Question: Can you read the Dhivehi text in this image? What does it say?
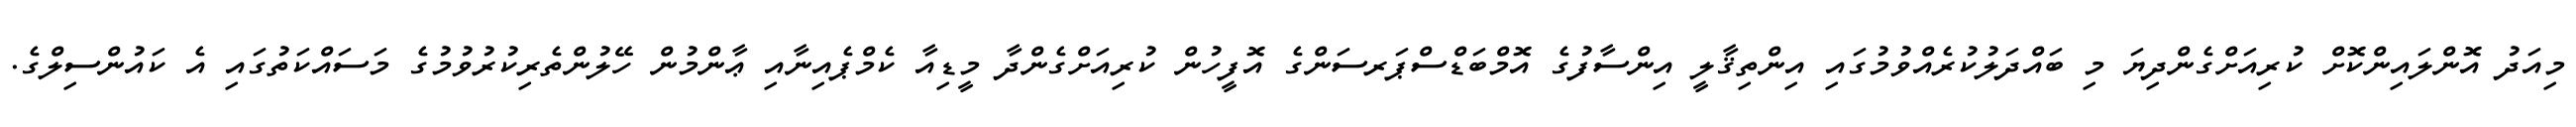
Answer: މިއަދު އޮންލައިންކޮށް ކުރިއަށްގެންދިޔަ މި ބައްދަލުކުރެއްވުމުގައި އިންތިޤާލީ އިންސާފުގެ އޮމްބަޑްސްޕަރސަންގެ އޮފީހުން ކުރިއަށްގެންދާ މީޑިއާ ކެމްޕެއިނާއި ޢާންމުން ހޭލުންތެރިކުރުވުމުގެ މަސައްކަތުގައި އެ ކައުންސިލްގެ.